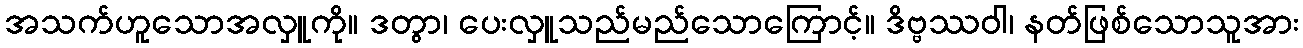
အသက်ဟူသောအလှူကို။ ဒတွာ၊ ပေးလှူသည်မည်သောကြောင့်။ ဒိဗ္ဗဿဝါ၊ နတ်ဖြစ်သောသူအား